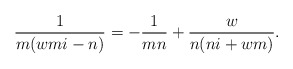
\begin{align*}\frac{1}{m(wmi-n)}= -\frac{1}{mn} +\frac{w}{n(ni+wm)}. \end{align*}